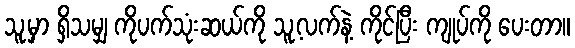
သူ့မှာ ရှိသမျှ ကိုပက်သုံးဆယ်ကို သူ့လက်နဲ့ ကိုင်ပြီး ကျုပ်ကို ပေးတာ။